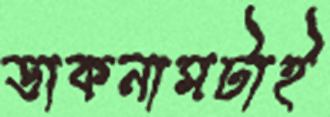
ডাকনামটাই